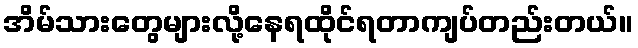
အိမ်သားတွေများလို့နေရထိုင်ရတာကျပ်တည်းတယ်။